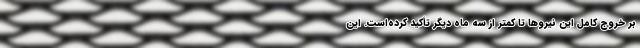
بر خروج کامل این نیروها تا کمتر از سه ماه دیگر تأکید کرده‌است. این